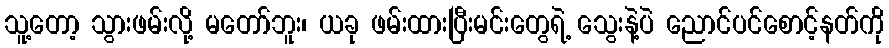
သူ့တော့ သွားဖမ်းလို့ မတော်ဘူး၊ ယခု ဖမ်းထားပြီးမင်းတွေရဲ့ သွေးနဲ့ပဲ ညောင်ပင်စောင့်နတ်ကို